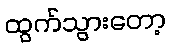
ထွက်သွားတော့